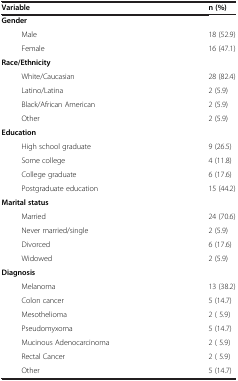
<table><thead><tr><td><b>Variable</b></td><td><b>n (%)</b></td></tr></thead><tbody><tr><td><b>Gender</b></td><td> </td></tr><tr><td>Male</td><td>18 (52.9)</td></tr><tr><td>Female</td><td>16 (47.1)</td></tr><tr><td><b>Race/Ethnicity</b></td><td> </td></tr><tr><td>White/Caucasian</td><td>28 (82.4)</td></tr><tr><td>Latino/Latina</td><td>2 (5.9)</td></tr><tr><td>Black/African American</td><td>2 (5.9)</td></tr><tr><td>Other</td><td>2 (5.9)</td></tr><tr><td><b>Education</b></td><td> </td></tr><tr><td>High school graduate</td><td>9 (26.5)</td></tr><tr><td>Some college</td><td>4 (11.8)</td></tr><tr><td>College graduate</td><td>6 (17.6)</td></tr><tr><td>Postgraduate education</td><td>15 (44.2)</td></tr><tr><td><b>Marital status</b></td><td> </td></tr><tr><td>Married</td><td>24 (70.6)</td></tr><tr><td>Never married/single</td><td>2 (5.9)</td></tr><tr><td>Divorced</td><td>6 (17.6)</td></tr><tr><td>Widowed</td><td>2 (5.9)</td></tr><tr><td><b>Diagnosis</b></td><td> </td></tr><tr><td>Melanoma</td><td>13 (38.2)</td></tr><tr><td>Colon cancer</td><td>5 (14.7)</td></tr><tr><td>Mesothelioma</td><td>2 ( 5.9)</td></tr><tr><td>Pseudomyxoma</td><td>5 (14.7)</td></tr><tr><td>Mucinous Adenocarcinoma</td><td>2 ( 5.9)</td></tr><tr><td>Rectal Cancer</td><td>2 ( 5.9)</td></tr><tr><td>Other</td><td>5 (14.7)</td></tr></tbody></table>